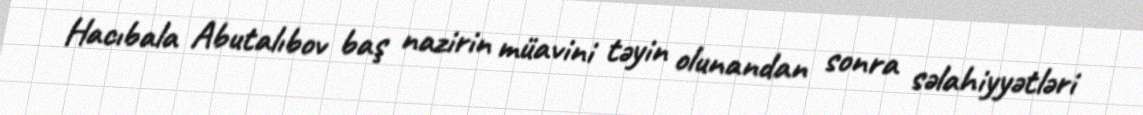
Hacıbala Abutalıbov baş nazirin müavini təyin olunandan sonra səlahiyyətləri